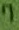
Text: 7